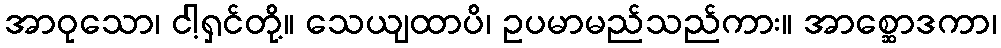
အာဝုသော၊ ငါ့ရှင်တို့။ သေယျထာပိ၊ ဥပမာမည်သည်ကား။ အာစ္ဆောဒကာ၊